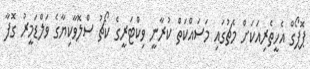
ޕޮޕޯގް އެހީތެރިއަކަށް މެޗުގައި މަސައްކަތް ކުރާނީ ވިކްޓަރީގެ ކޯޗު ސްލޮވާކިޔާގެ ވަލްޑަމީރު ގޮފާ